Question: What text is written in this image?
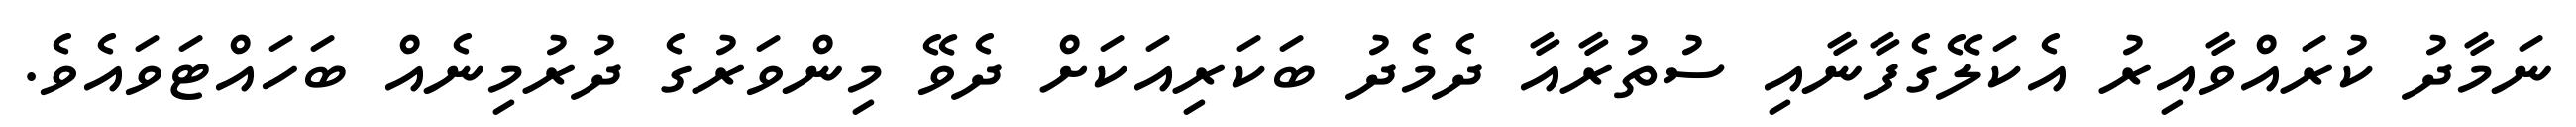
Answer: ނަމާދު ކުރައްވާއިރު އެކަލޭގެފާނާއި ސުތުރާއާ ދެމެދު ބަކަރިއަކަށް ދެވޭ މިންވަރުގެ ދުރުމިނެއް ބަހައްޓަވައެވެ.